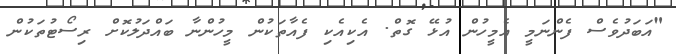
"އަބަދުވެސް ފެންނަމީ އެމީހުން އުޅޭ ގޮތް. އެކިއެކި ފެއާތަކުން މީހުންނާ ބައްދަލުކޮށް ރިސޯޓުތަކުން